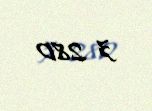
3 280